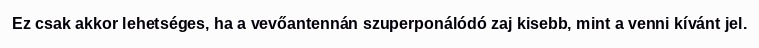
Ez csak akkor lehetséges, ha a vevőantennán szuperponálódó zaj kisebb, mint a venni kívánt jel.